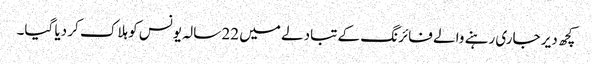
کچھ دیر جاری رہنے والے فائرنگ کے تبادلے میں 22 سالہ یونس کو ہلاک کر دیا گیا۔